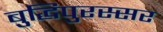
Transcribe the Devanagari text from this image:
बुद्धिपुरस्सर